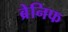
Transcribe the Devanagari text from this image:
ब्रेनिफ